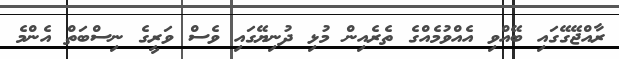
ރާއްޖޭގޭގައި ބޭއްވި އެއްވުމެއްގެ ތެރެއިން މުޅި ދުނިޔޭގައި ވެސް ވަރީގެ ނިސްބަތް އެންމެ